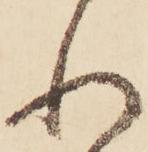
れ